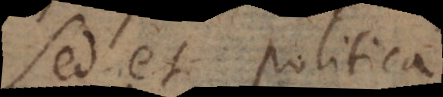
Sed et politica